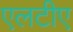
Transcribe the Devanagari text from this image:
एलटीए